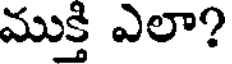
ముక్తి ఎలా?